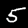
Label: 5